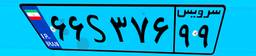
۶۶S۳۷۶۹۹